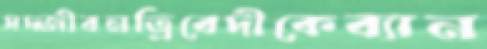
সদ্জীবনত্রিবেদীকেব্যান